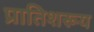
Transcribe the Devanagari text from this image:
प्रातिशरूय